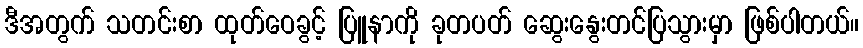
ဒီအတွက် သတင်းစာ ထုတ်ဝေခွင့် ပြူနာကို ခုတပတ် ဆွေးနွေးတင်ပြသွားမှာ ဖြစ်ပါတယ်။